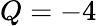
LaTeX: Q=-4